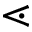
\lessdot